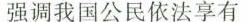
强调我国公民依法享有